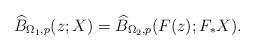
LaTeX: \begin{align*}\widehat{B}_{\Omega_1,p}(z;X) = \widehat{B}_{\Omega_2,p}(F(z);F_\ast X).\end{align*}